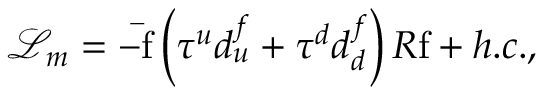
\mathcal { L } _ { m } = - \mathrm { \bar { f } } \left( \tau ^ { u } d _ { u } ^ { f } + \tau ^ { d } d _ { d } ^ { f } \right) R \mathrm { f } + h . c . ,